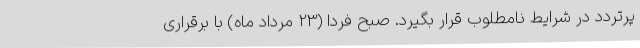
پرتردد در شرایط نامطلوب قرار بگیرد. صبح فردا (23 مرداد ماه) با برقراری